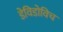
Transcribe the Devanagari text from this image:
डेविडोविच